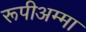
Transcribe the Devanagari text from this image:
रूपीअम्मा